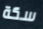
سكة